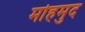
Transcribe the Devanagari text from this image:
मोहमुद